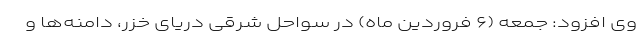
وی افزود: جمعه (۶ فروردین ماه) در سواحل شرقی دریای خزر، دامنه‌ها و